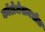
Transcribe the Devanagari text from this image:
कॉलेजेसमधील